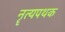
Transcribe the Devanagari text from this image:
नॄत्यपथक